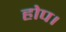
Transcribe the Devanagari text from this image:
होप।